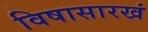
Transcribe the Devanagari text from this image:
विषासारखं